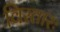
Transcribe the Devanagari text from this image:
विस्तारः